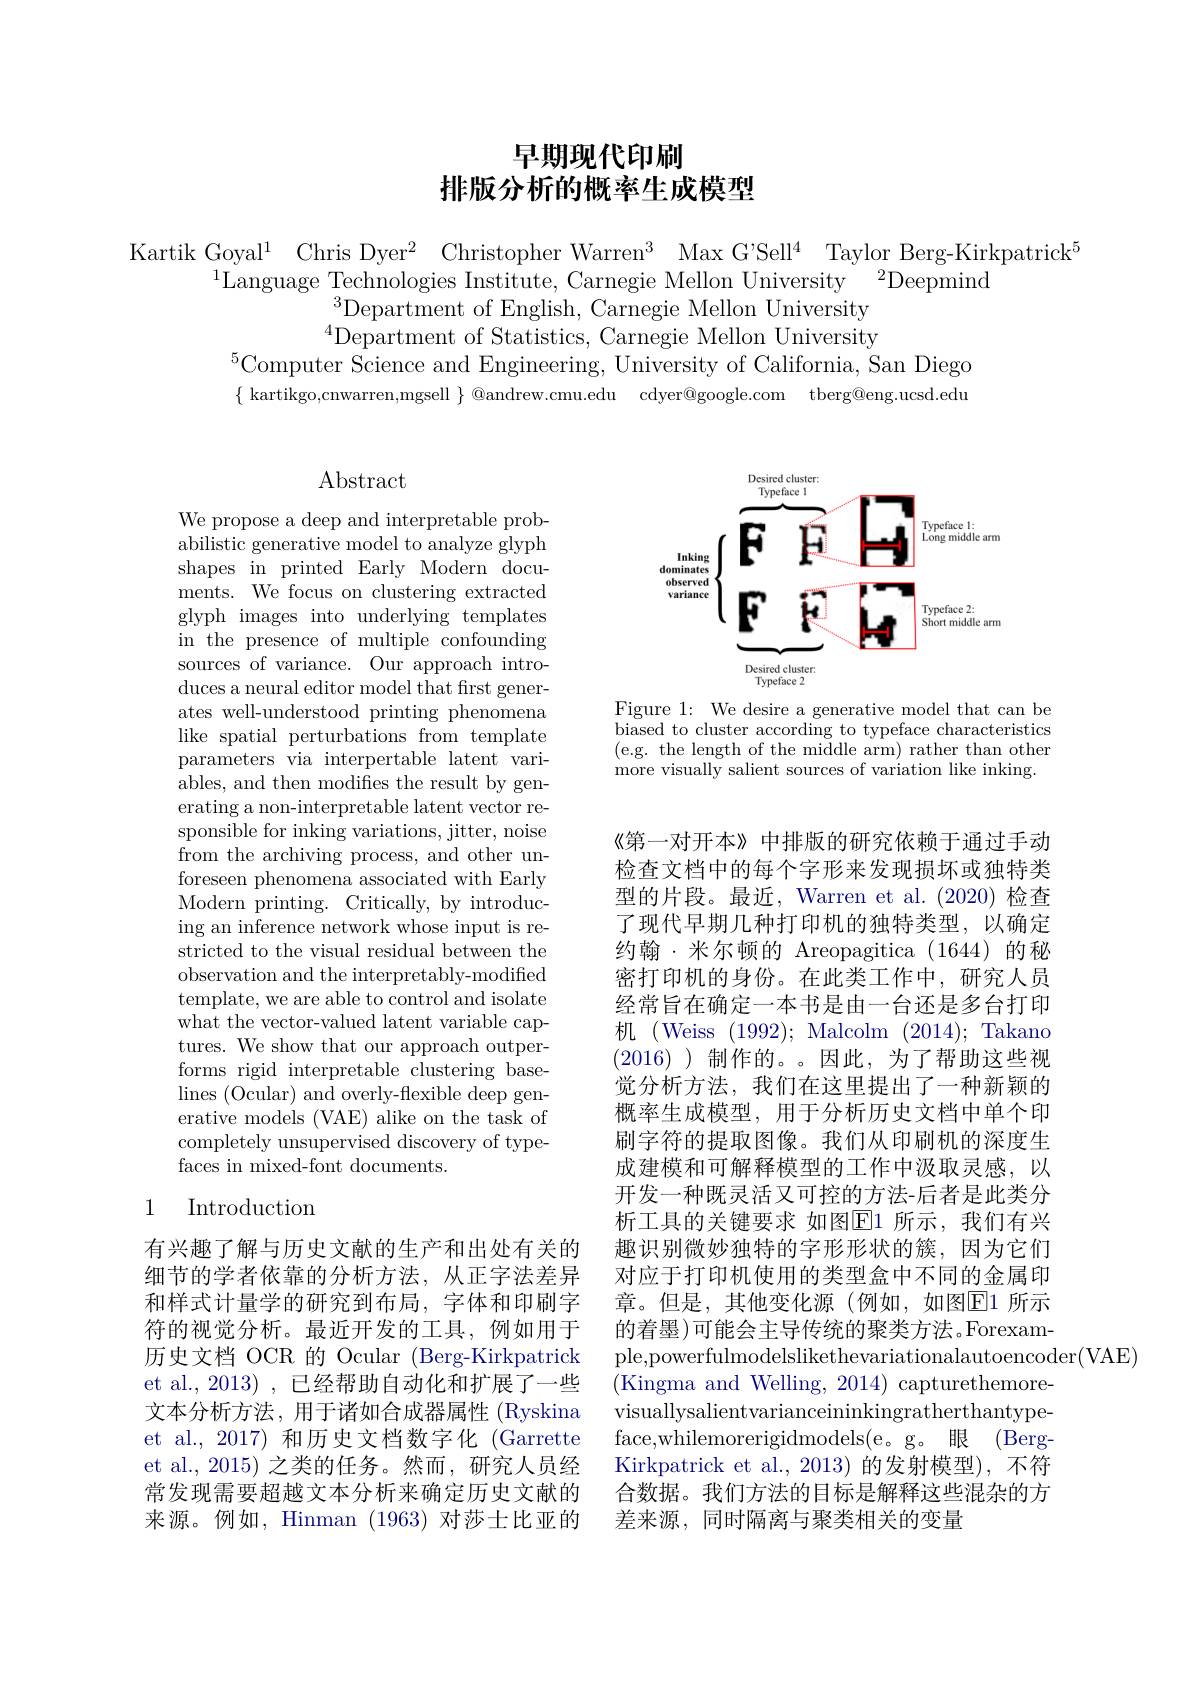
# 早期现代印刷排版分析的概率生成模型

Kartik Goyal$^1$ Chris Dyer$^2$ Christopher Warren$^3$ Max G'Sell$^4$ Taylor Berg-Kirkpatrick$^5$
$^{1}$Language Technologies Institute, Carnegie Mellon University$^{2}$Deepmind
Department of English, Carnegie Mellon University $^{4}$Department of Statistics, Carnegie Mellon University
$^{5}$Computer Science and Engineering, University of California, San Diego $\{$ kartikgo,cnwarren,mgsell $\}$ @andrew.cmu.edu cdyer@google.com tberg@eng.ucsd.edu

## $\operatorname{Abstract}$

<FigureHere>

Figure 1: We desire a generative model that can be biased to cluster according to typeface characteristics (e.g. the length of the middle arm) rather than other more visually salient sources of variation like inking.

We propose a deep and interpretable probabilistic generative model to analyze glyph shapes in printed Early Modern documents. We focus on clustering extracted glyph images into underlying templates in the presence of multiple confounding sources of variance. Our approach introduces a neural editor model that frst generates well-understood printing phenomena like spatial perturbations from template parameters via interpertable latent vari- ${\mathrm{ables,~and~then~modifies~the~result~by~gen-}}$ erating a non-interpretable latent vector responsible for inking variations, jitter, noise from the archiving process, and other unforeseen phenomena associated with Early Modern printing. Critically, by introducing an inference network whose input is restricted to the visual residual between the observation and the interpretably-modified template, we are able to control and isolate what the vector-valued latent variable captures. We show that our approach outperforms rigid interpretable clustering baselines (Ocular) and overly-flexible deep generative models (VAE) alike on the task of completely unsupervised discovery of typefaces in mixed-font documents.

《第一对开本》中排版的研究依赖于通过手动检查文档中的每个字形来发现损坏或独特类型的片段。最近，Warren et al.(2020) 检查了现代早期几种打印机的独特类型，以确定约翰·米尔顿的 Areopagitica (1644) 的秘密打印机的身份。在此类工作中，研究人员经常旨在确定一本书是由一台还是多台打印机 (Weiss (1992); Malcolm (2014); Takano (2016) )制作的。。因此，为了帮助这些视觉分析方法，我们在这里提出了一种新颖的概率生成模型，用于分析历史文档中单个印刷字符的提取图像。我们从印刷机的深度生成建模和可解释模型的工作中汲取灵感，以开发一种既灵活又可控的方法-后者是此类分析工具的关键要求 如图$\boxed{\mathrm{E}}$1 所示，我们有兴趣识别微妙独特的字形形状的簇，因为它们对应于打印机使用的类型盒中不同的金属印章。但是，其他变化源(例如，如图$\overline{\mathrm{E}}1$ 所示的着墨)可能会主导传统的聚类方法。Forexample,powerfulmodelslikethevariationalautoencoder(VAE)
(Kingma and Welling, 2014) capturethemorevisuallysalientvarianceininkingratherthantypeface,whilemorerigidmodels(e。g。眼 (BergKirkpatrick et al., 2013) 的发射模型), 不符合数据。我们方法的目标是解释这些混杂的方差来源，同时隔离与聚类相关的变量

## 1 Introduction

有兴趣了解与历史文献的生产和出处有关的细节的学者依靠的分析方法，从正字法差异和样式计量学的研究到布局，字体和印刷字符的视觉分析。最近开发的工具，例如用于历史文档 OCR 的 Ocular (Berg-Kirkpatrick et al.,2013) ,已经帮助自动化和扩展了一些文本分析方法，用于诸如合成器属性 (Ryskina et al., 2017) 和历史文档数字化 (Garrette et al., 2015) 之类的任务。然而，研究人员经常发现需要超越文本分析来确定历史文献的来源。例如，Hinman (1963) 对莎士比亚的